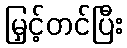
မြှင့်တင်ပြီး